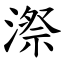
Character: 漈